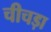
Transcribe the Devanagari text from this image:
चीचड़ा